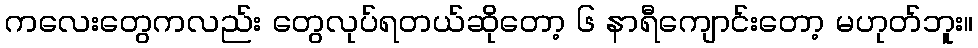
ကလေးတွေကလည်း တွေလုပ်ရတယ်ဆိုတော့ ၆ နာရီကျောင်းတော့ မဟုတ်ဘူး။